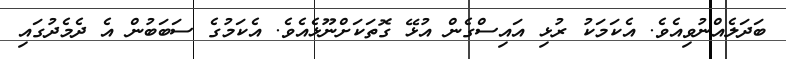
ބަދަލެއްނުވިއެވެ. އެކަމަކު ރުޅި އައިސްގެން އުޅޭ ގޮތަކަށްނޫޅެއެވެ. އެކަމުގެ ސަބަބުން އެ ދެމެދުގައި